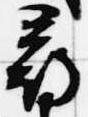
尋